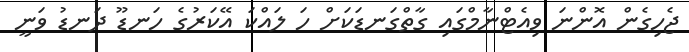
ޖެހިގެން އޮންނަ ވިއެޓްނާމްގައި ގާތްގަނޑަކަށް ހަ ލައްކަ އޭކަރުގެ ހަނޑޫ ދަނޑު ވަނީ